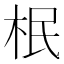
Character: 𣐡